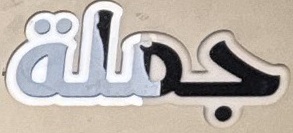
جملة